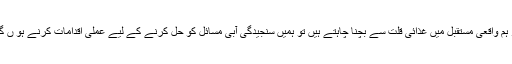
اگر ہم واقعی مستقبل میں غذائی قلت سے بچنا چاہتے ہیں تو ہمیں سنجیدگی آبی مسائل کو حل کرنے کے لیے عملی اقدامات کرنے ہو ں گے۔